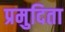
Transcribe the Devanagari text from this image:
प्रमुदिता